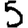
Digit: 5